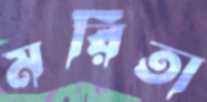
মরিতা